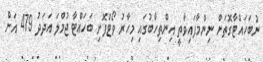
ނުބަހައްޓާގޮތަށް ނިންމާފައިވާތީ އިންތިހާބުގައި މިހާރު ވޯޓްފޮށި ބަހައްޓާ ޖުމްލަ އަދަދު 479 އަށް